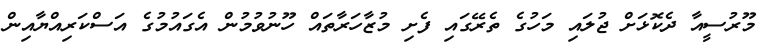
މޫރުސީއާ ދެކޮޅަށް ޖުލައި މަހުގެ ތެރޭގައި ފެށި މުޒާހަރާތައް ހޫނުވުމުން އެގައުމުގެ އަސްކަރިއްޔާއިން